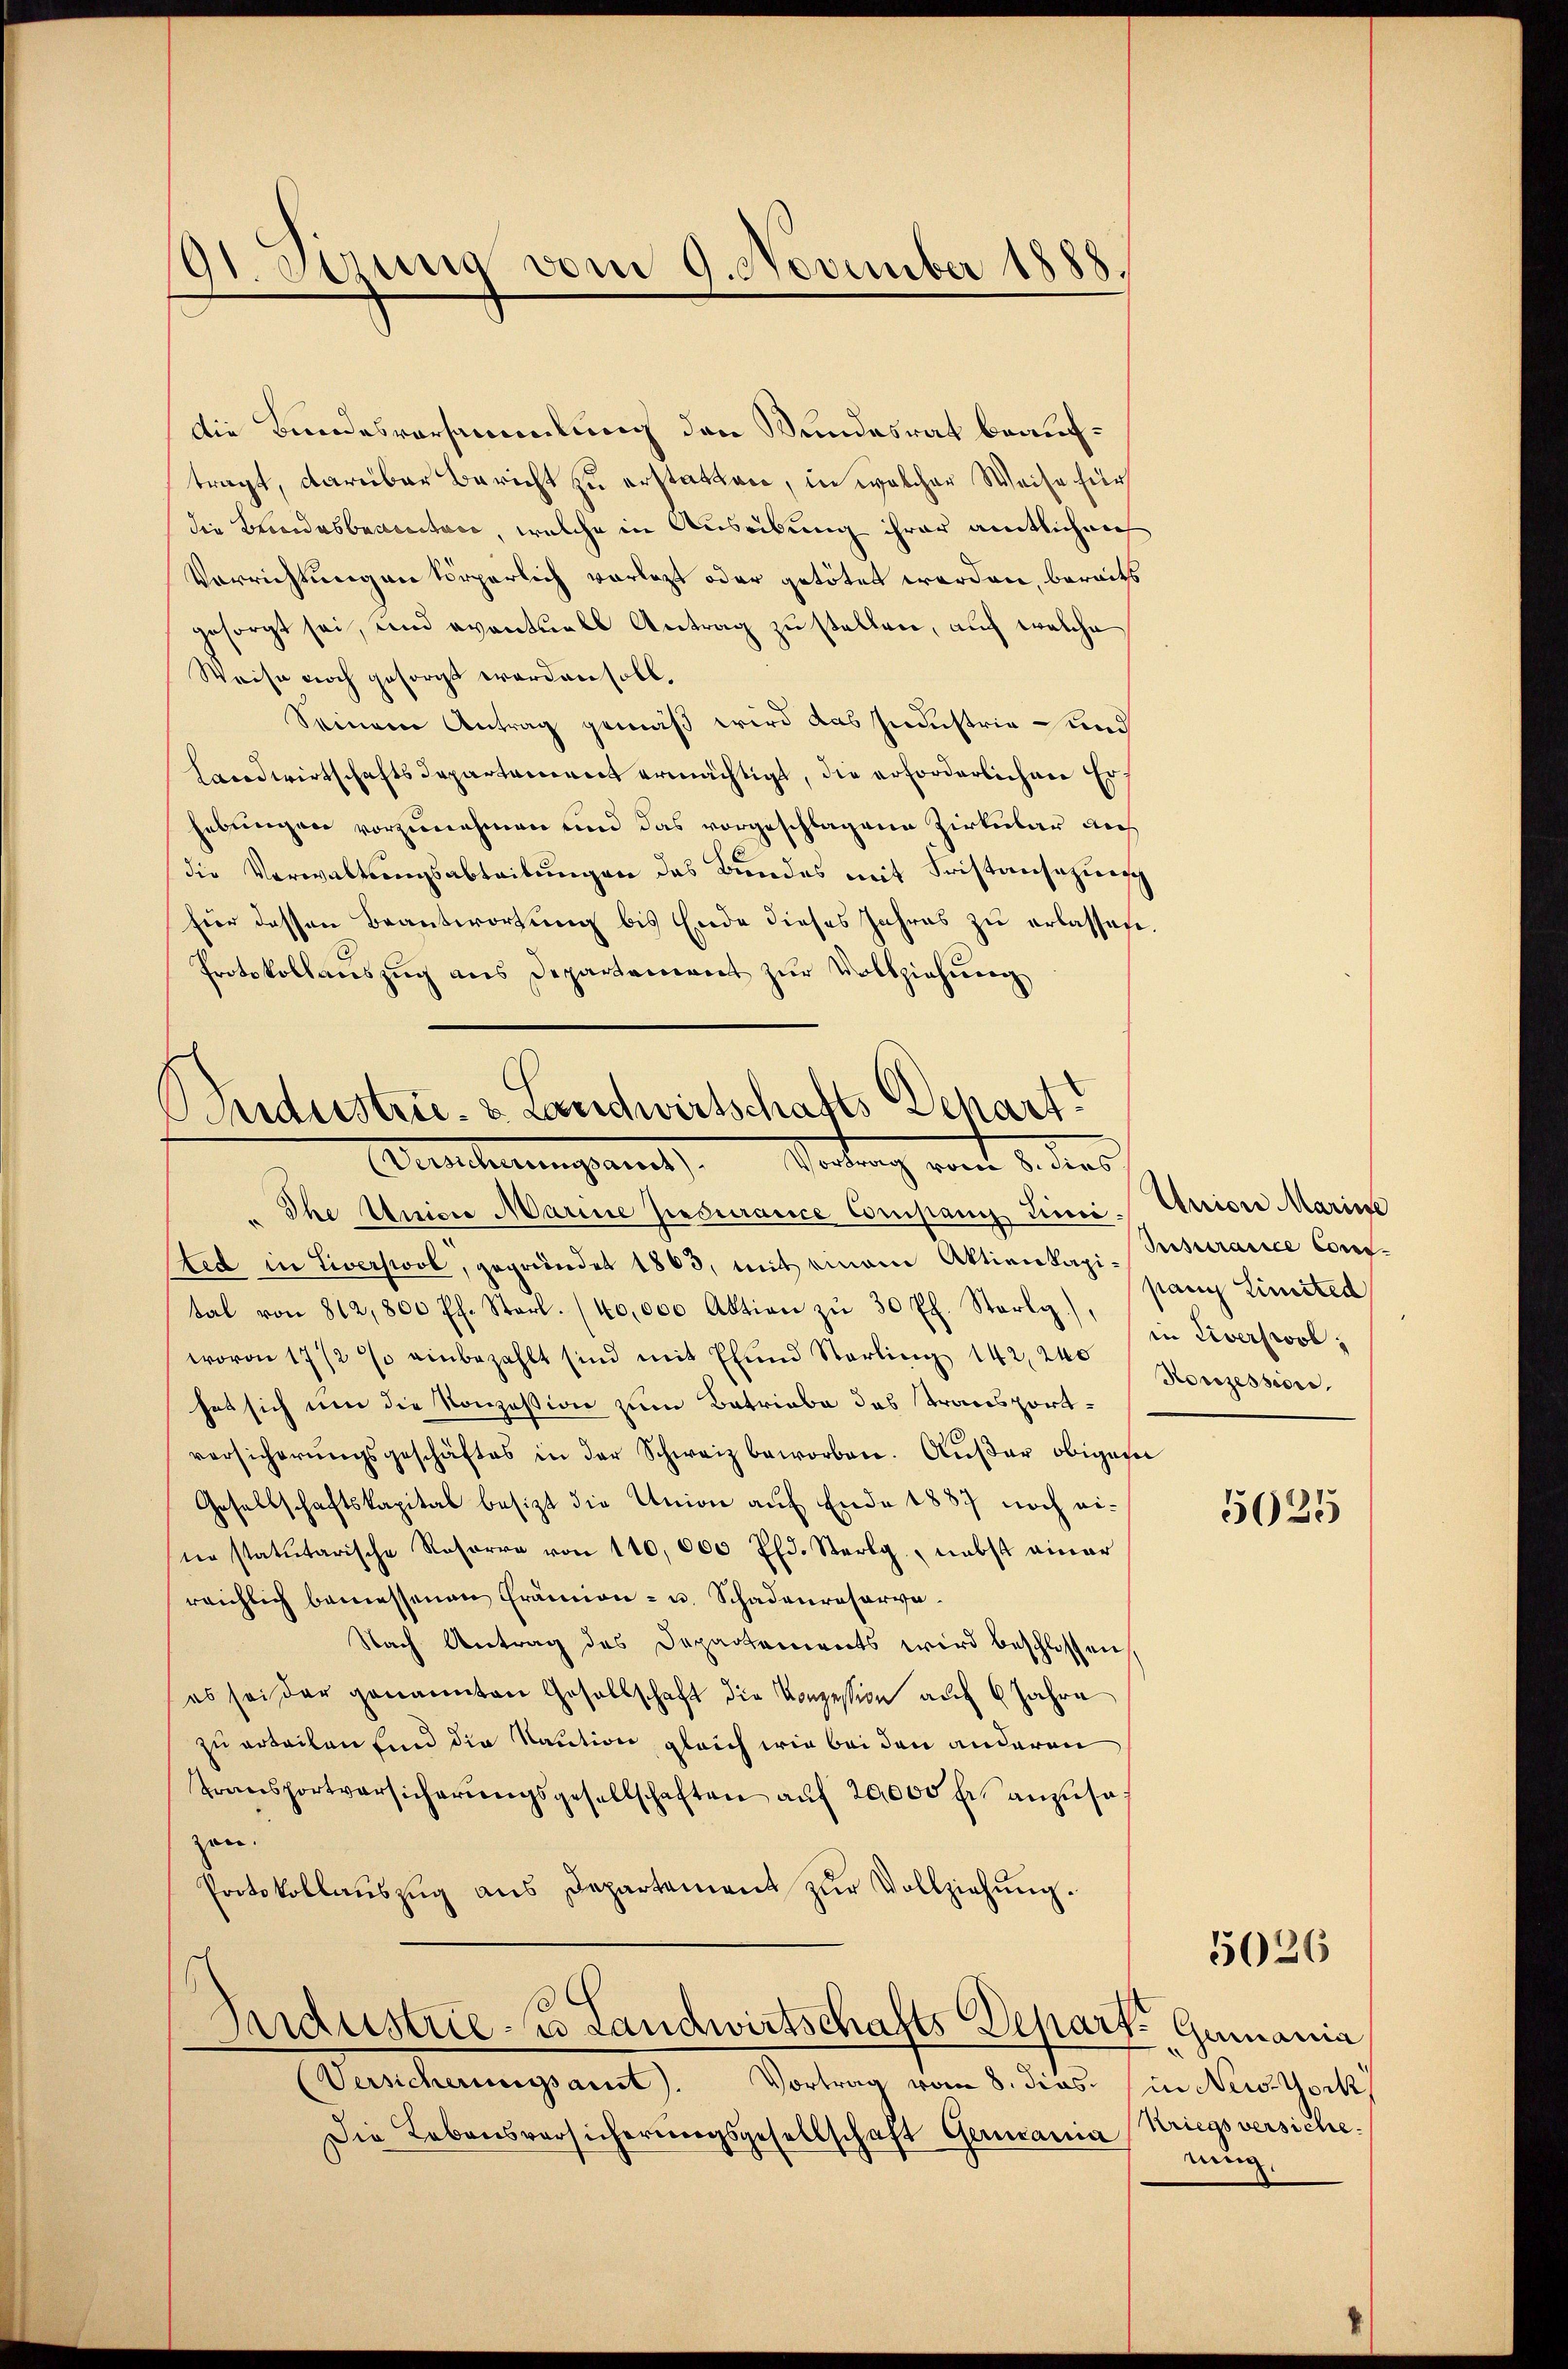
91 Stung vom 9. November 1888.

die Bundesversammlung den Wundesrat beauftragt, darüber Bericht zu erstatten, in welcher Weise für
die Kreidasbereitan, welche in Ausribung ihrer amtlichen
Verrichtungen körperlich vorlegt oder getötet worden, bereits
gesorgt sei, und eventuell Antrag zu stellen, auf welche
Weise noch gesorgt worden soll.
Seinem Antrag gemäß wird das Industria Land
Handwirtschaftsdepartement ermächtigt, die erforderlichen Erhebungen vorzunehmen und das vorgeschlagene Zirkular auch
die Verwaltungsabtribungen des Bundes mit Fristansazung
für dessen Beantwortung bis Ende dieses Jahres zu erlassen.
Protokollaŭszŭg ans Departement zŭr Vollziehŭng

Sndustrie. 2. Landwirtschafts Depart
Abenderungsant. Vortrang von 8. dies

Ihe Amon Marine Zensurarice Company Linie. Uniore Marine
sted in Liversol, gegründet 1863, mit einem Aktienkapi-Insurarice Con-
tal von 812,800 Pf. Starl. (40,000 Aktion zŭ 30 Pf. Starly),
wovon 17/2 % einbezahlt sind mit Elŭnd Starling 142, 240
hat sich um die Konzession zum Batriaba das Transport-
versicherŭngsgeschäftes in der Schweiz beworben. Aŭβer obigen
Gesellschaftskapital besizt die Union auf Ende 1887 noch eine statutarische Resorre von 110,000 Eld. Sterlg nebst ainer
reichlich bemessenen Prämien- u. Schadenreserva-
Nach Antrag des Departements wird beschlossen,
es sei der genannten Gesellschaft die Konzession auf 6 Jahre
zu erteilen sind die Kaution gleich wie bei den anderen
Transportversicherŭngsgesellschaften aŭf 20,000 bis anzusazen.
Protokollaŭszŭg ans Departement zŭr Vollziehŭng.
Industrie- u. Landwirtschafts Depart Gumania
(Versicherungsant. Vortrag vom 8. dies in New-York,
Die Lebensversicherŭngsgesellschaft Germania (Kriegsversiche,

pany Limited
in Liverswol;
Konzession.

5025

5026

eing